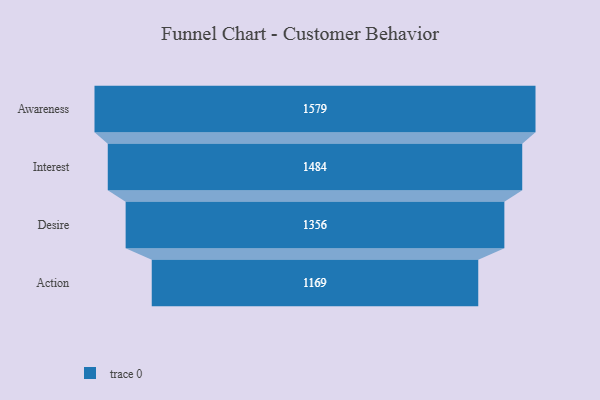
{"axis": {"x": "Stage", "y": "Value"}, "legend": [""], "data": [{"x": "Awareness", "y": 1579.0, "type": ""}, {"x": "Interest", "y": 1484.0, "type": ""}, {"x": "Desire", "y": 1356.0, "type": ""}, {"x": "Action", "y": 1169.0, "type": ""}]}